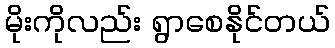
မိုးကိုလည်း ရွာစေနိုင်တယ်